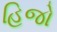
હિજો